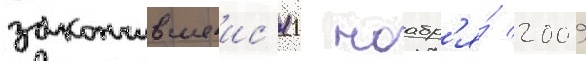
закончившеис'я 1 ноабр'я́ 2009